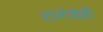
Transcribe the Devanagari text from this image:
रांगेचेही